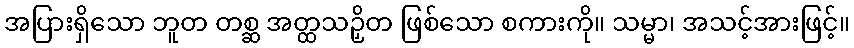
အပြားရှိသော ဘူတ တစ္ဆ အတ္ထသဉှိတ ဖြစ်သော စကားကို။ သမ္မာ၊ အသင့်အားဖြင့်။